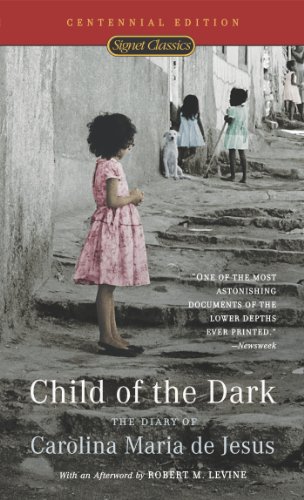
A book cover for Child of the Dark: The Diary Of Carolina Maria De Jesus (50th Anniversary Edition); Carolina Maria de Jesus; Biographies & Memoirs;